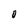
Character: O